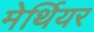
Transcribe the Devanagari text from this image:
मेर्थियर